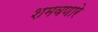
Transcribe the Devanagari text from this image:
शमवणारे